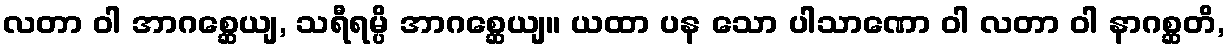
လတာ ဝါ အာဂစ္ဆေယျ, သရီရမ္ပိ အာဂစ္ဆေယျ။ ယထာ ပန သော ပါသာဏော ဝါ လတာ ဝါ နာဂစ္ဆတိ,